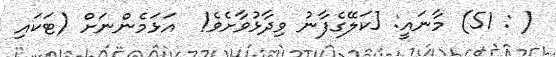
( : 51) މާނައީ: [ކަލޭގެފާނު ވިދާޅުވާށެވެ!  އަޅަމެންނަށް (ޓަކައި